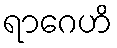
ရာဂေဟိ